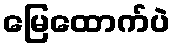
မြေထောက်ပဲ